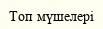
Топ мүшелері